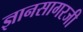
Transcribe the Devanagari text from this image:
ज्ञानसागरजी